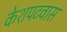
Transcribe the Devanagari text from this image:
केशपटवास